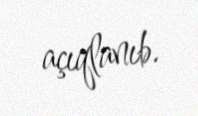
açıqlanıb.